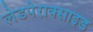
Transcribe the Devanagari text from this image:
लेडपेराक्साइड